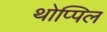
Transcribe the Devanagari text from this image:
थोप्पिल